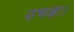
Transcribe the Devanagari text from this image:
उभड़ा।